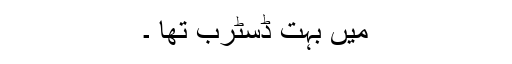
میں بہت ڈسٹرب تھا ۔